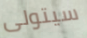
سيتولى